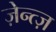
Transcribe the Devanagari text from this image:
ज़ेन्त्ज़